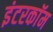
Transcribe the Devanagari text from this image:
इंटरकाॅम